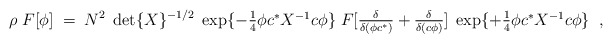
\begin{align*}\rho\; F[\phi ]\; =\; N^2\;\det \{ X\}^{-1/2}\;\exp\{-\textstyle{\frac{1}{4}}\phi c^{\ast}X^{-1}c\phi\}\;F[\frac{\delta}{\delta (\phi c^{\ast})}+\frac{\delta}{\delta (c\phi )}]\;\exp\{+\textstyle{\frac{1}{4}}\phi c^{\ast}X^{-1}c\phi\}\;\;, \end{align*}